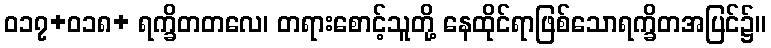
ဝ၁၇+ဝ၁၈+ ရက္ခိတတလေ၊ တရားစောင့်သူတို့ နေထိုင်ရာဖြစ်သောရက္ခိတအပြင်၌။